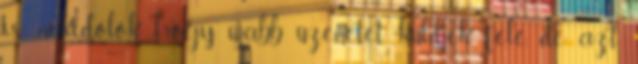
is nekidőlök, hogy újabb üzenetet küldjek felé, de azt